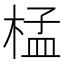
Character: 𣓶